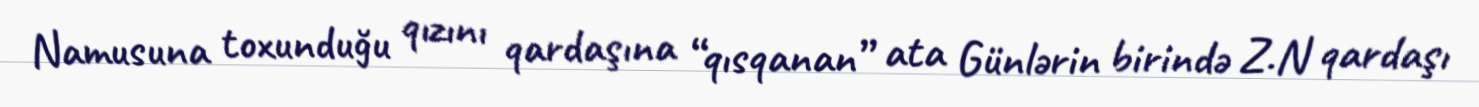
Namusuna toxunduğu qızını qardaşına “qısqanan” ata Günlərin birində Z.N qardaşı